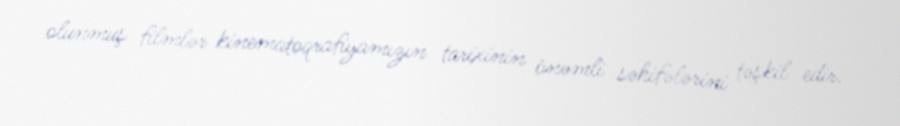
olunmuş filmlər kinematoqrafiyamızın tarixinin önəmli səhifələrini təşkil edir.